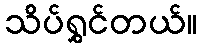
သိပ်ရွှင်တယ်။